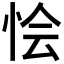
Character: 𢙓